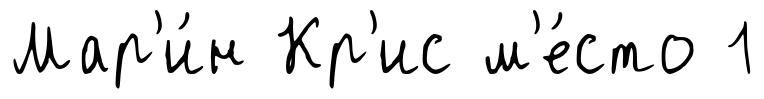
Мар'и́н Кр'ис м'е́сто 1